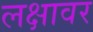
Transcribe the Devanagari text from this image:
लक्षावर